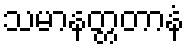
သမာနတ္တတာနံ